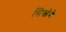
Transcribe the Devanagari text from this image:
सिस्लेने